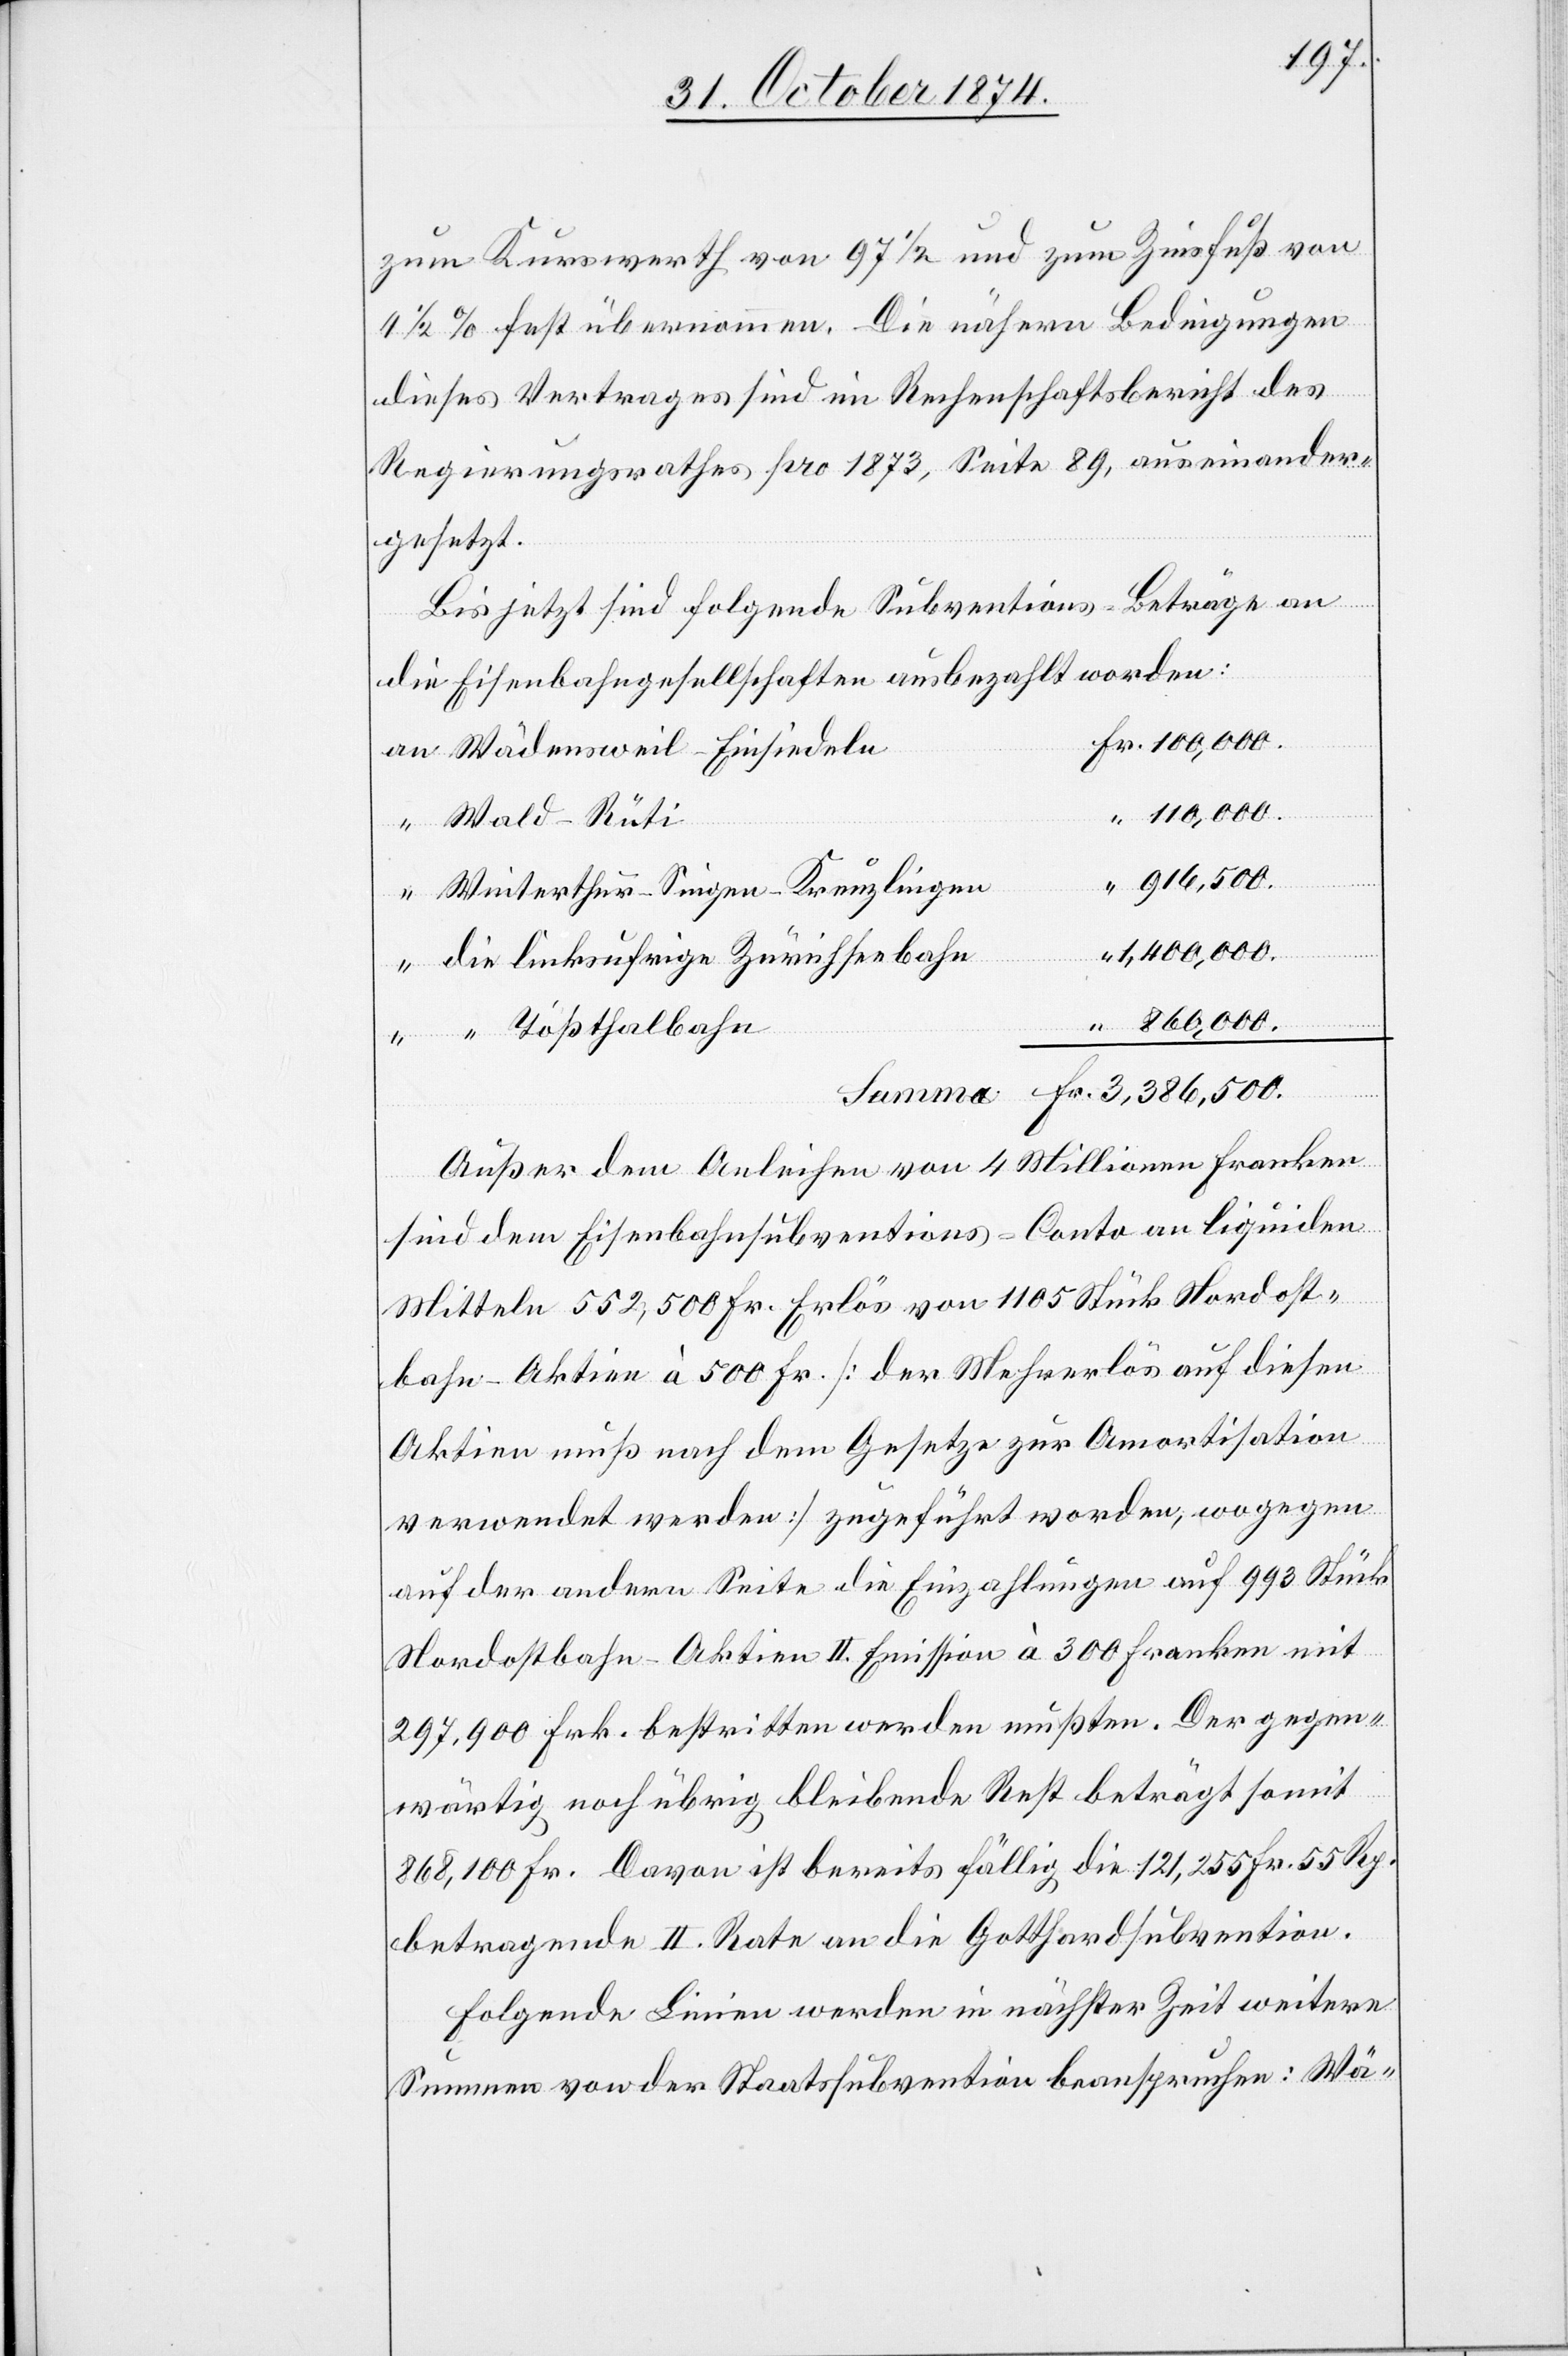
zum Kurswerth von 97 1/2 und zum Zinsfuß von
4 1/2 fest übernommen. Die nähern Bedingungen
dieses Vertrages sind im Rechenschaftsbericht des
Regierungsrathes pro 1873, Seite 89, auseinander¬
gesetzt.
s-Beträge an
Bis jetzt sind folgende Subvention¬
die Eisenbahngesellschaften ausbezahlt worden:
Wädensweil–Einsiedeln
100,000.
Wald–Rüti
3,386,500.
Winterthur–Singen–Kreuzlingen
1,400,000.
die linksufrige Zürichseebahn
“ Tößthalbahn
Außer dem Anleihen von 4 Millionen Franken
sind dem Eisenbahnsubventions-Conto an liquiden
Mitteln 552,500 Fr. Erlös von 1105 Stück Nordost¬
bahn-Aktien à 500 Fr. [der Mehrerlös auf diesen
Aktien muß nach dem Gesetze zur Amortisation
verwendet werden] zugeführt worden, wogegen
auf der andern Seite die Einzahlungen auf 993 Stück
Nordostbahn-Aktien II. Emission à 300 Franken mit
297,900 Frk. bestritten werden mußten. Der gegen¬
wärtig noch übrig bleibende Rest beträgt somit
868,100 Fr. Davon ist bereits fällig die 121,255 Fr. 55 Rp.
betragende II. Rate an die Gotthardsubvention.
Folgende Linien werden in nächster Zeit weitere
Summen von der Staatssubvention beanspruchen: Wä-